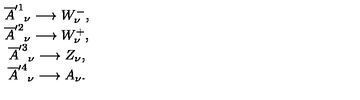
\begin{array} { c } { \overline { { A } } ^ { \prime 1 } { } _ { \nu } \longrightarrow W _ { \nu } ^ { - } , } \\ { \overline { { A } } ^ { \prime 2 } { } _ { \nu } \longrightarrow W _ { \nu } ^ { + } , } \\ { \overline { { A } } ^ { \prime 3 } { } _ { \nu } \longrightarrow Z _ { \nu } , } \\ { \overline { { A } } ^ { \prime 4 } { } _ { \nu } \longrightarrow A _ { \nu } . } \\ \end{array}